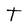
Character: t